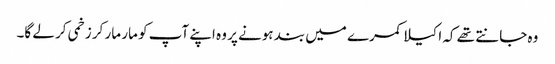
وہ جانتے تھے کہ اکیلا کمرے میں بند ہونے پر وہ اپنے آپ کو مار مار کر زخمی کر لے گا۔